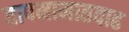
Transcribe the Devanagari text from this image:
तापमानातवाढ